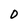
Character: 0